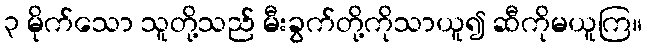
၃ မိုက်သော သူတို့သည် မီးခွက်တို့ကိုသာယူ၍ ဆီကိုမယူကြ။